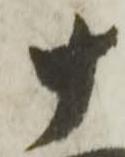
十